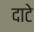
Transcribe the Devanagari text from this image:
दाटे